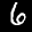
Label: 6